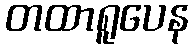
တထာရူပေန